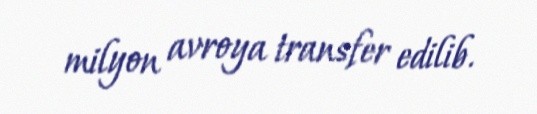
milyon avroya transfer edilib.